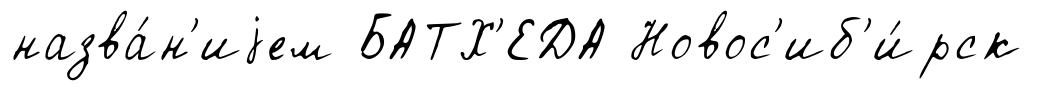
назва́н'иjем БАТХ'ЕДА Новос'иб'и́рск